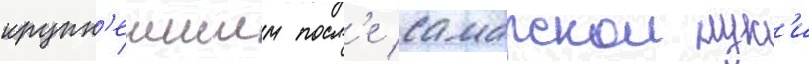
крупн'еишим посл'е самарскои лук'и